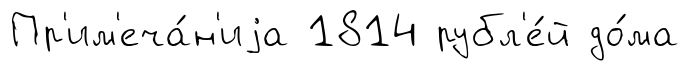
Пр'им'еча́н'иjа 1814 рубл'е́й до́ма